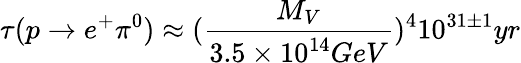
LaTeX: \tau(p\rightarrow e^{+}\pi^{0})\approx(\frac{M_{V}}{3.5\times 10^{14}GeV})^{4}10^{31\pm 1}yr